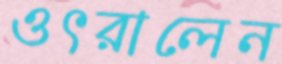
ওৎরালেন